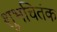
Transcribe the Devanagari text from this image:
शुभचितंक